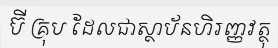
ប៊ី គ្រុប ដែលជាស្ថាប័នហិរញ្ញវត្ថុ